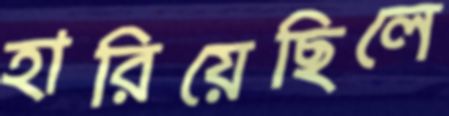
হারিয়েছিলে